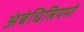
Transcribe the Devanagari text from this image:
अंबंधित्नियमों